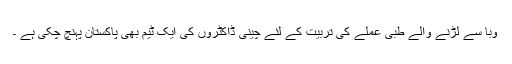
وبا سے لڑنے والے طبی عملے کی تربیت کے لئے چینی ڈاکٹروں کی ایک ٹیم بھی پاکستان پہنچ چکی ہے ۔